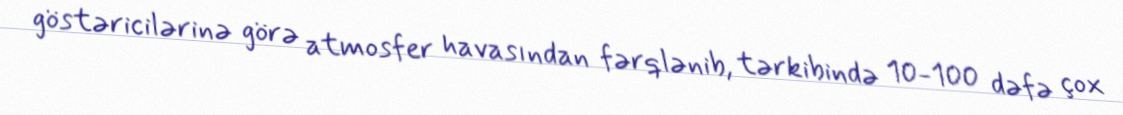
göstəricilərinə görə atmosfer havasından fərqlənib, tərkibində 10-100 dəfə çox